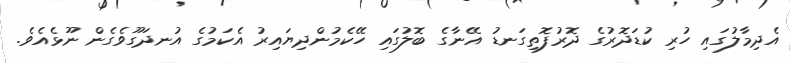
އެދިމާލުގައި ހުރި ކުޑަދޮރުގެ ދޮރުފޮތިގަނޑު އޭނާގެ ބޮލުގައި ހޭކެމުންދިޔައިރު އެކަމުގެ އުނދަގޫވެގެން ނޫޅެއެވެ.